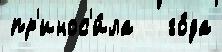
пр'инос'и́ла   го́да